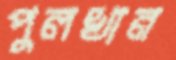
পুলখান